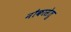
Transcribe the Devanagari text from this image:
नौकासेतु